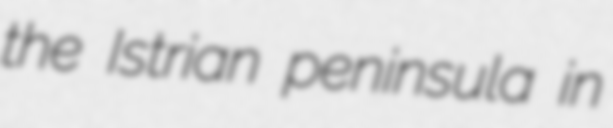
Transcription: the Istrian peninsula in